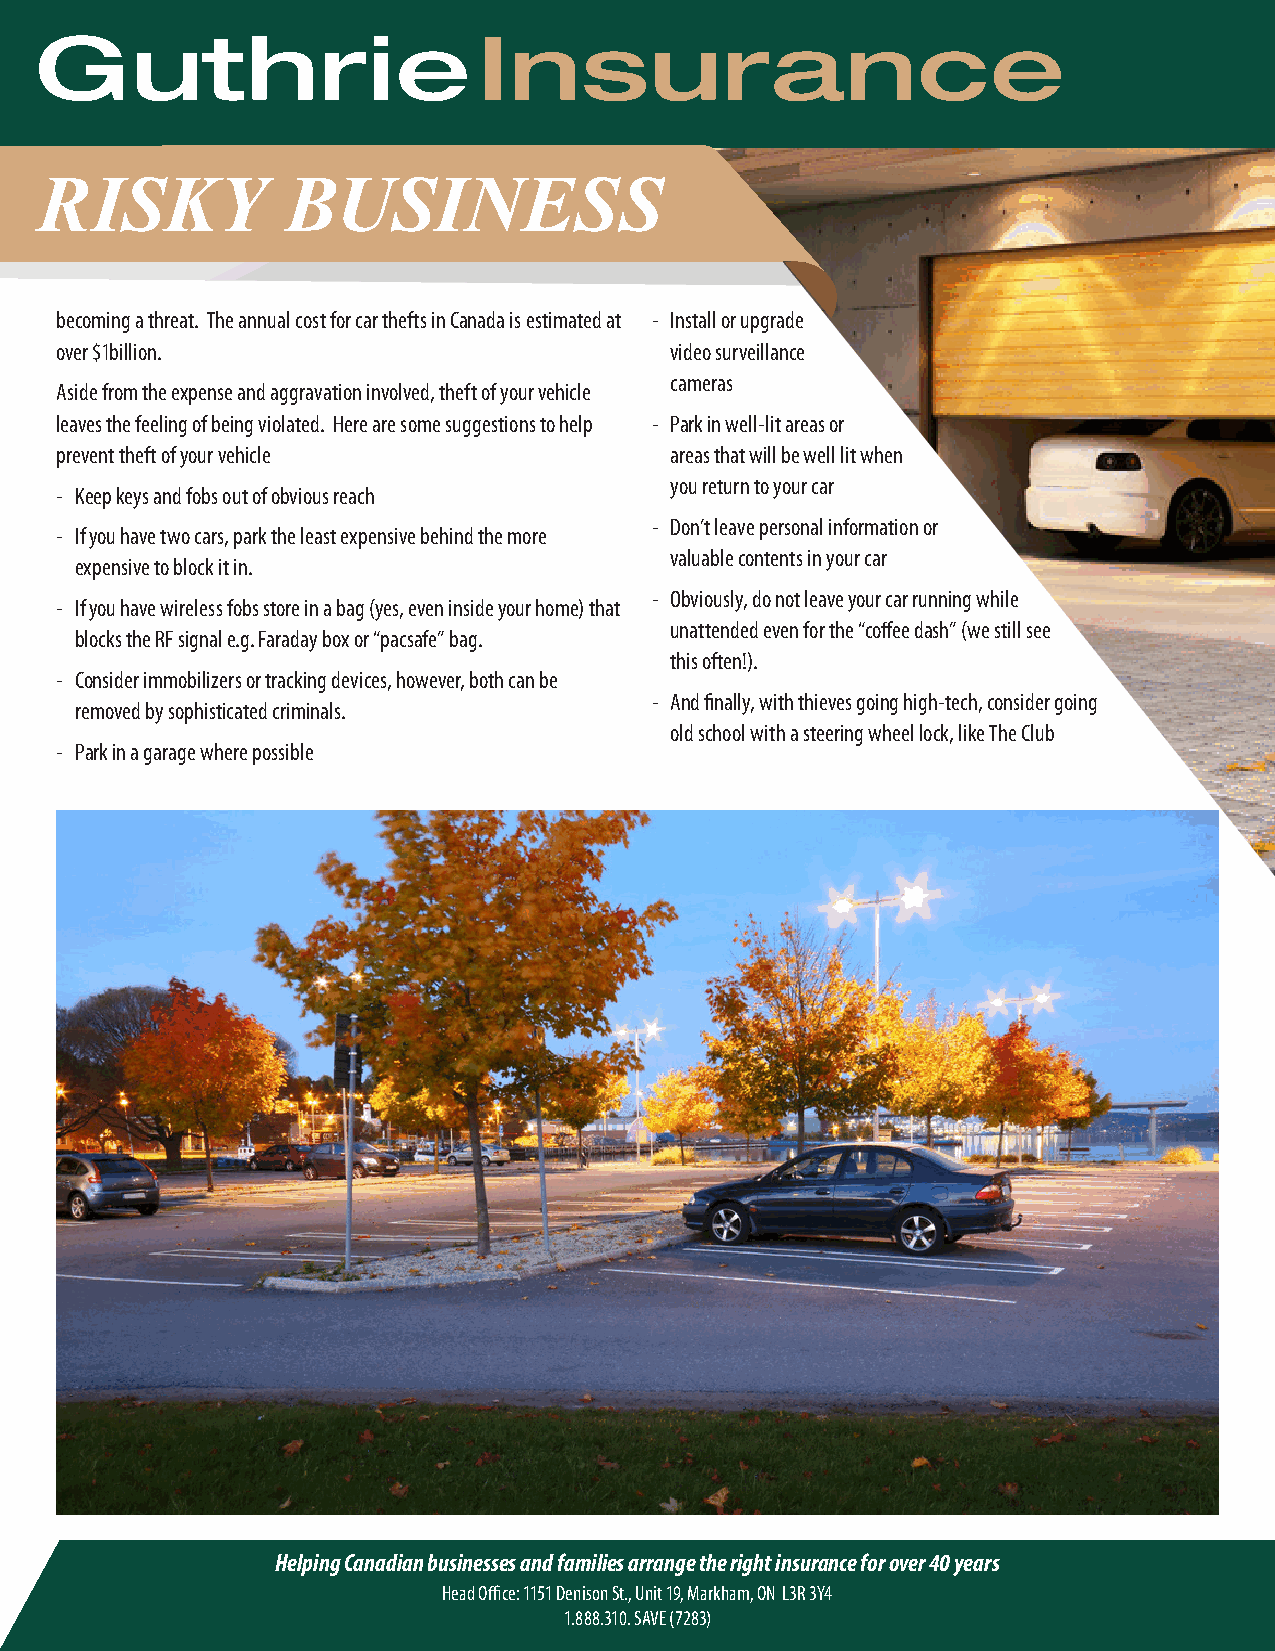
Guthrie                       Insurance
 RISKY            BUSINESS
 becoming a threat. The annual cost for car thefts in Canada is estimated at - Install or upgrade
 over $1billion.                         video surveillance
 cameras
 Aside from the expense and aggravation involved, theft of your vehicle
 leaves the feeling of being violated. Here are some suggestions to help - Park in well-lit areas or
 prevent theft of your vehicle           areas that will be well lit when
 you return to your car
 - Keep keys and fobs out of obvious reach
 - Don’t leave personal information or
 - If you have two cars, park the least expensive behind the more
 valuable contents in your car
 expensive to block it in.
 - Obviously, do not leave your car running while
 - If you have wireless fobs store in a bag (yes, even inside your home) that
 unattended even for the “coffee dash” (we still see
 blocks the RF signal e.g. Faraday box or “pacsafe” bag.
 this often!).
 - Consider immobilizers or tracking devices, however, both can be
 - And finally, with thieves going high-tech, consider going
 removed by sophisticated criminals.
 old school with a steering wheel lock, like The Club
 - Park in a garage where possible
 Helping Canadian businesses and families arrange the right insurance for over 40 years
 Head Office: 1151 Denison St., Unit 19, Markham, ON L3R 3Y4
 1.888.310. SAVE (7283)